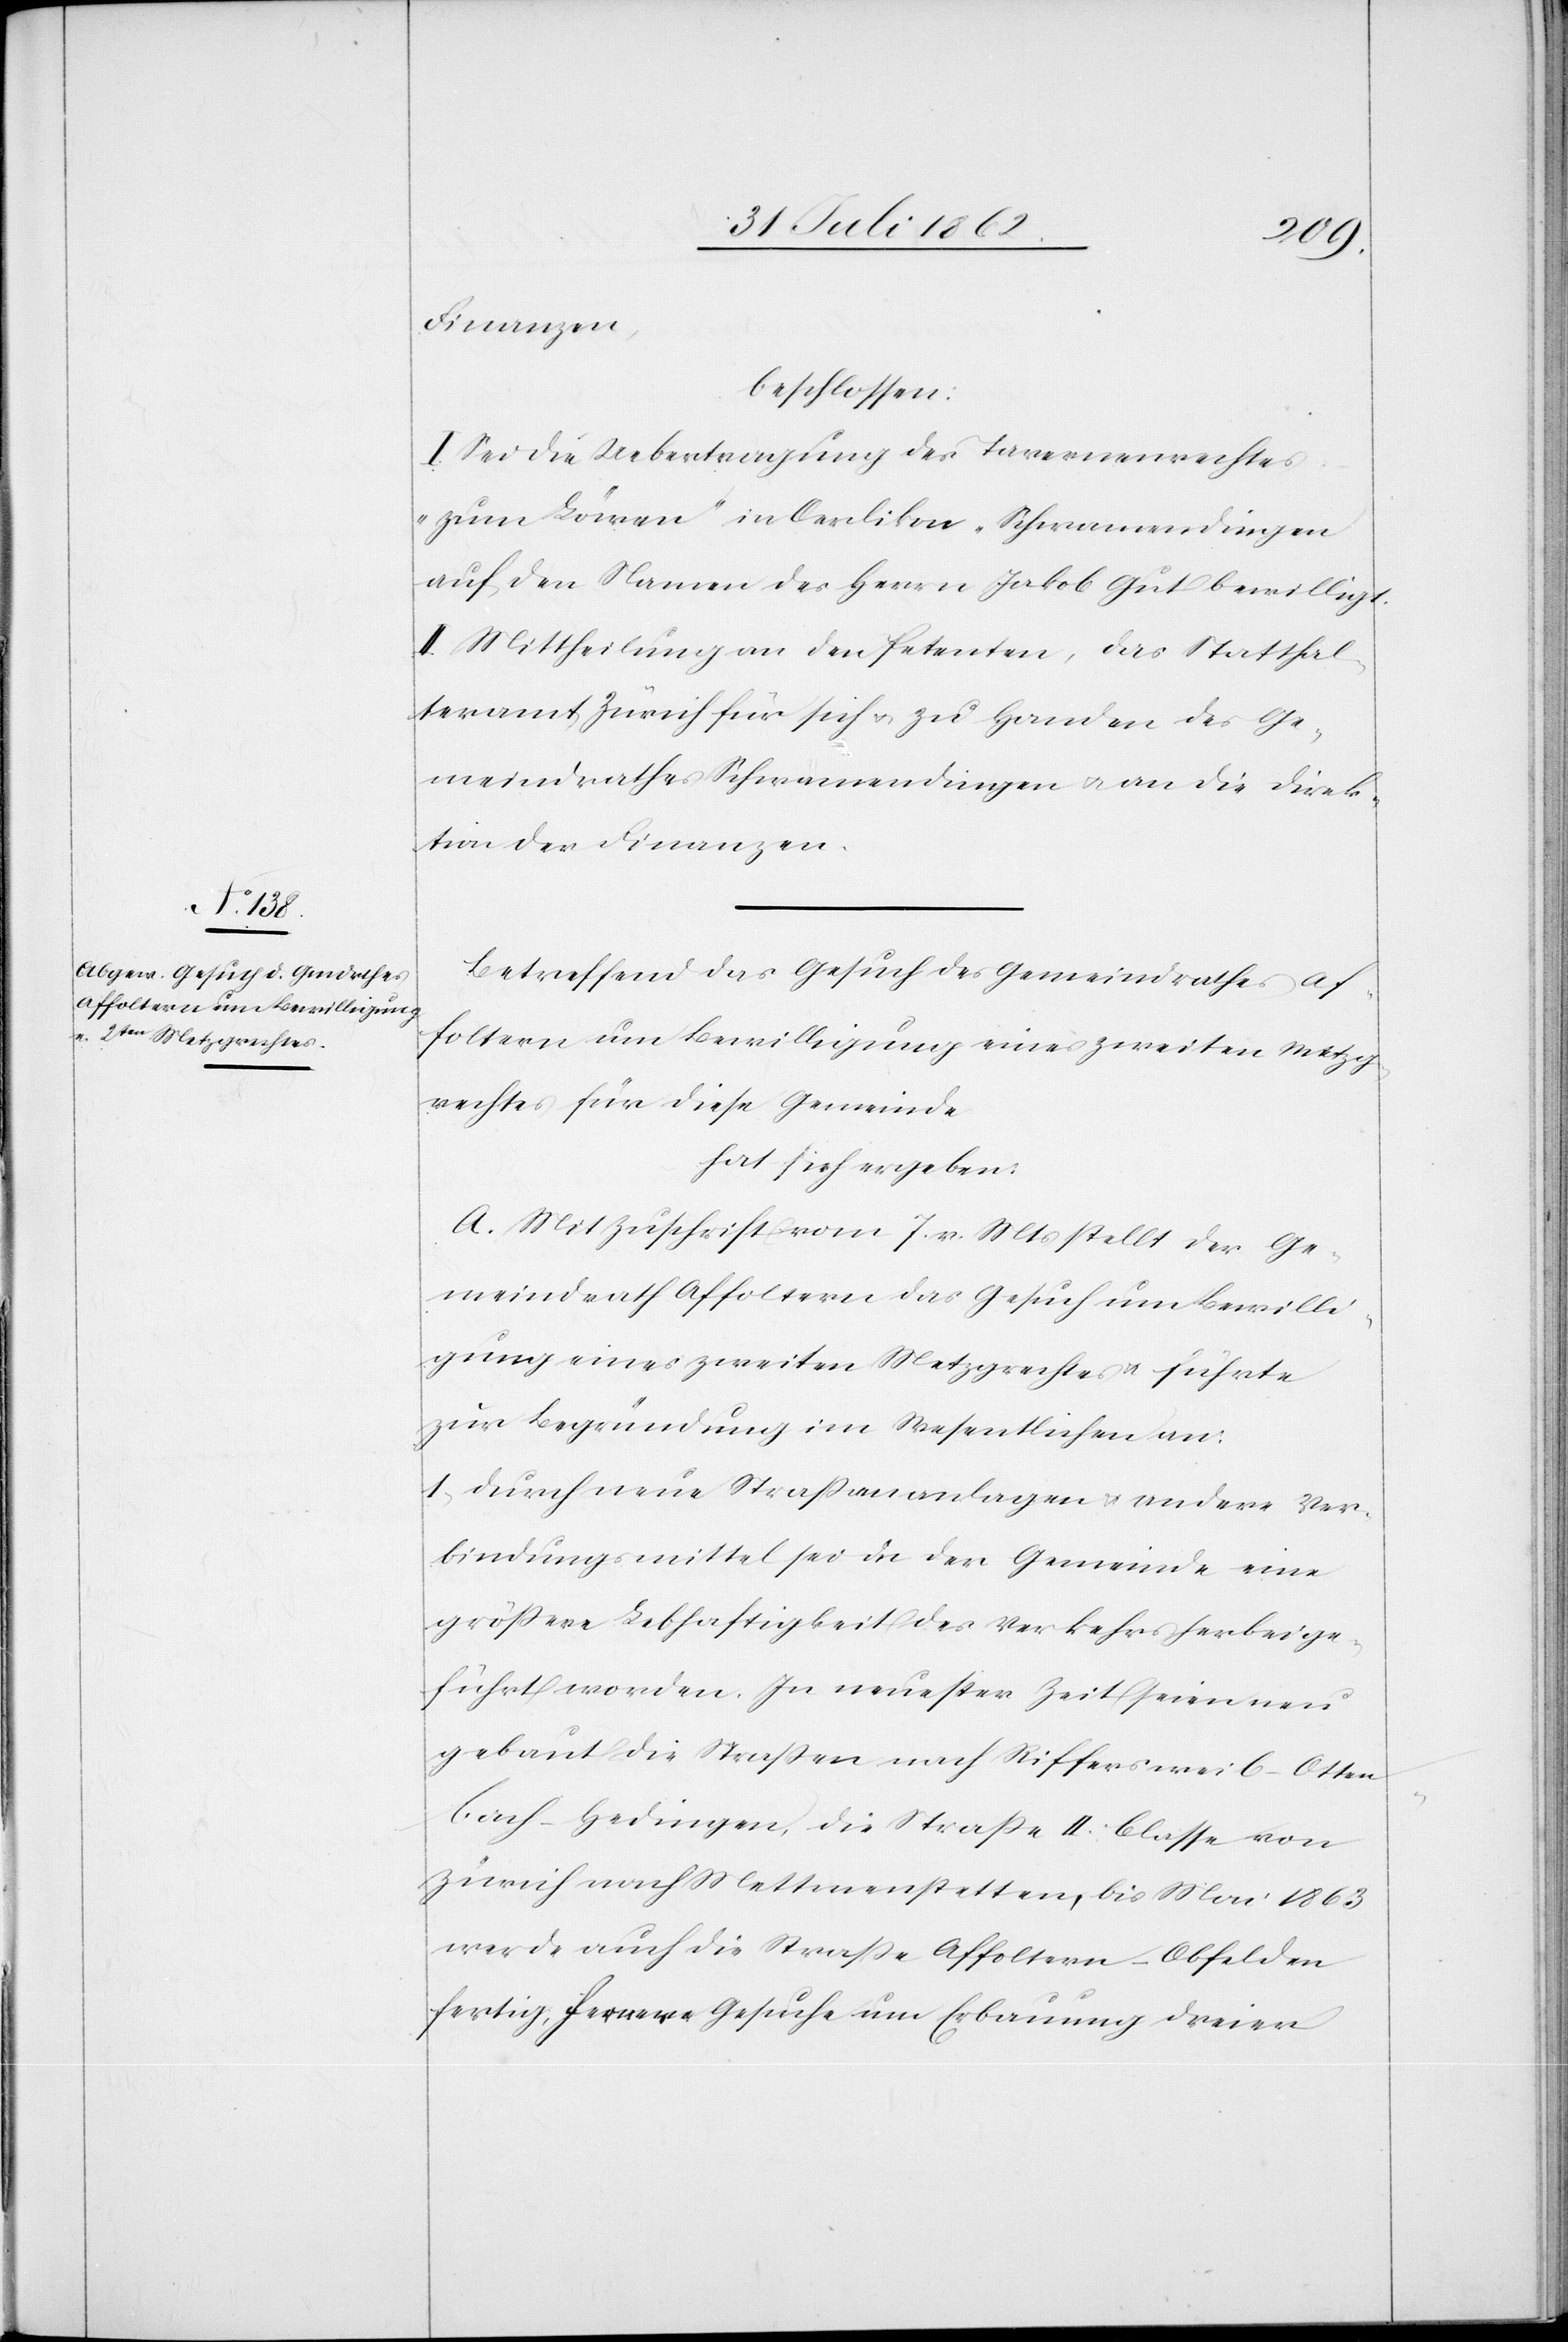
Finanzen,
beschlossen:
I. Sei die Uebertragung des Tavernenrechtes
„zum Löwen“ in Oerlikon-Schwamendingen
auf den Namen des Herrn Jakob Gut bewilligt.
II. Mittheilung an den Petenten, das Statthal¬
teramt Zürich für sich u. zu Handen des Ge¬
meindrathes Schwamendingen u. an die Direk¬
tion der Finanzen.
Betreffend das Gesuch des Gemeindrathes Af¬
foltern um Bewilligung eines zweiten Metzg¬
rechtes für diese Gemeinde
hat sich ergeben:
A. Mit Zuschrift vom 7. v. Mts. stellt der Ge¬
meindrath Affoltern das Gesuch um Bewilli¬
gung eines zweiten Metzgrechtes u. führte
zur Begründung im Wesentlichen an:
1) durch neue Straßenanlagen u. andere Ver¬
bindungsmittel sei in der Gemeinde eine
größere Lebhaftigkeit des Verkehrs herbeige¬
führt worden. In neuester Zeit seien neu
gebaut die Straßen nach Riffersweil-Otten¬
bach-Hedingen, die Straße II. Classe von
Zürich nach Mettmenstetten, bis Mai 1863
werde auch die Straße Affoltern-Obfelden
fertig, fernere Gesuche um Erbauung dreier